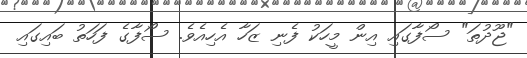
"ޖޫދުތަ" ސޯފާގައި އިން މީހަކު ފެނި ޒަހާ އެހިއެވެ. ސޯފާގެ ފަހަތު ބައިގައި